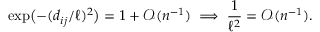
\exp \bigl ( - ( d _ { i j } \slash \ell ) ^ { 2 } \bigr ) = 1 + \mathcal { O } ( n ^ { - 1 } ) \implies \frac { 1 } { \ell ^ { 2 } } = \mathcal { O } ( n ^ { - 1 } ) .